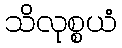
သိလုစ္စယံ